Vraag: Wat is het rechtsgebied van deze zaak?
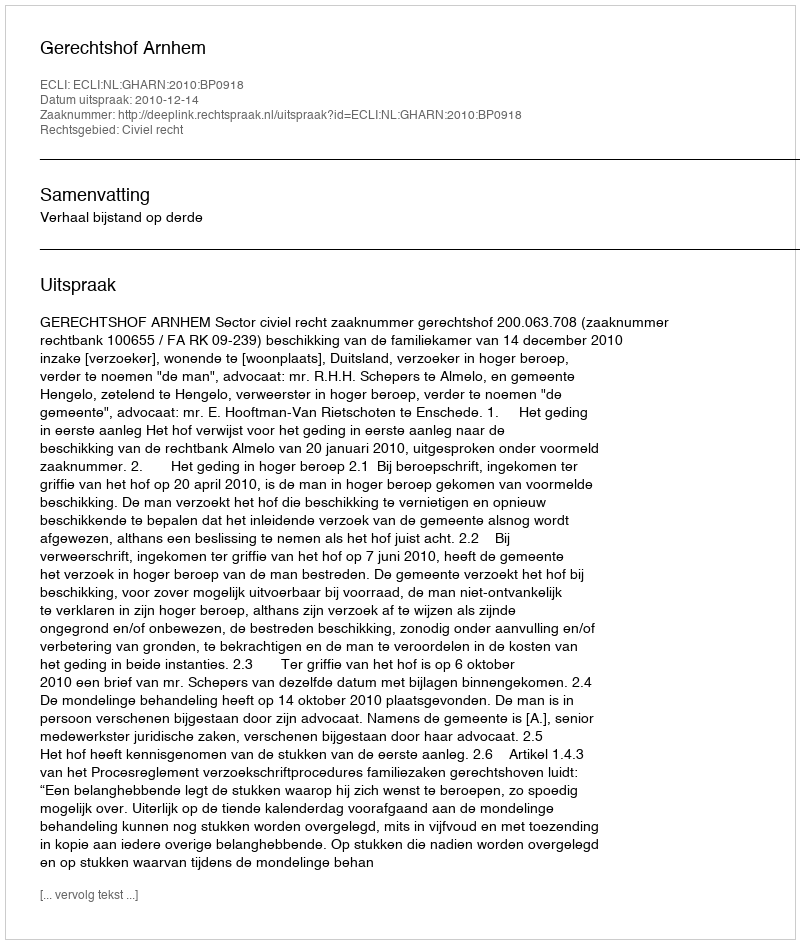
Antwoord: Civiel recht